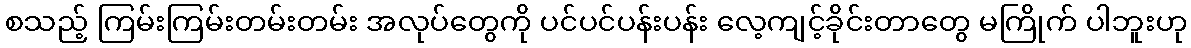
စသည့် ကြမ်းကြမ်းတမ်းတမ်း အလုပ်တွေကို ပင်ပင်ပန်းပန်း လေ့ကျင့်ခိုင်းတာတွေ မကြိုက် ပါဘူးဟု